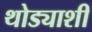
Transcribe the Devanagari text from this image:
थोड्याशी